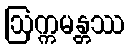
ဩက္ကမန္တဿ